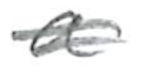
Text: a
Cross-out: double-line
Writing tool: pencil